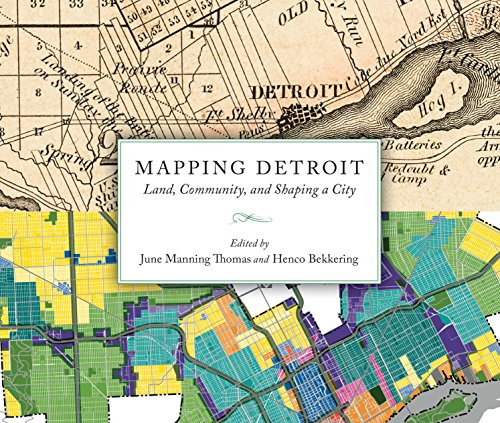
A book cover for Mapping Detroit: Land, Community, and Shaping a City (Great Lakes Books Series); Politics & Social Sciences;